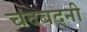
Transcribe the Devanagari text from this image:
चंदबदनी